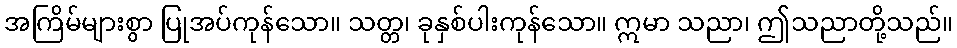
အကြိမ်များစွာ ပြုအပ်ကုန်သော။ သတ္တ၊ ခုနှစ်ပါးကုန်သော။ ဣမာ သညာ၊ ဤသညာတို့သည်။